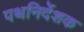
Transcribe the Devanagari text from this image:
पथनिर्देशक